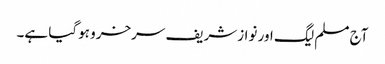
آج مسلم لیگ اور نوازشریف سرخرو ہوگیا ہے۔